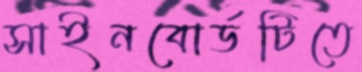
সাইনবোর্ডটিতে